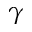
\gamma